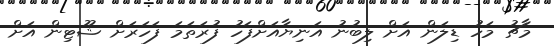
މާޗު މަހު ޑިލަން އަށް ލިބުނު އަނިޔާއަށްފަހު ފުރަތަމަ ފަހަރަށް ޝޫޓިން އަށް